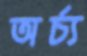
অর্চ্য